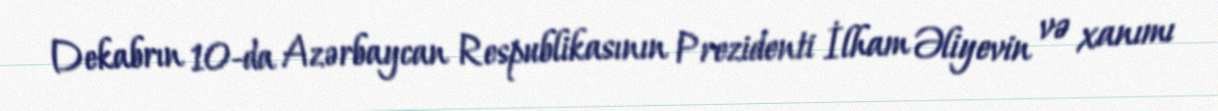
Dekabrın 10-da Azərbaycan Respublikasının Prezidenti İlham Əliyevin və xanımı